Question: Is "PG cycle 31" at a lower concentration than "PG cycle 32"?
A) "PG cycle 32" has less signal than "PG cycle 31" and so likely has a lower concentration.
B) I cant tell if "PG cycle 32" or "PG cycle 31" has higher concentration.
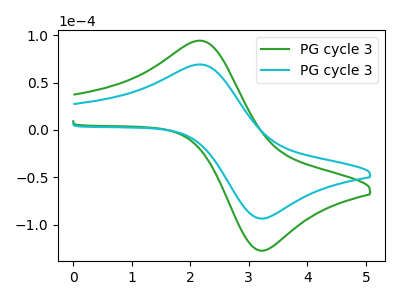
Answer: <think>The green curve "PG cycle 31" has an anodic peak at (2.15V, 94.35uA) and a cathodic peak at (3.25V, -127.55uA). The cyan curve "PG cycle 32" has an anodic peak at (2.15V, 69.25uA) and a cathodic peak at (3.25V, -93.60uA).
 All the peaks in "PG cycle 32" have a peak in "PG cycle 31" at the same potential. Every peak in "PG cycle 32" is lower than every peak in "PG cycle 31".</think>
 <answer>A) "PG cycle 32" has less signal than "PG cycle 31" and so likely has a lower concentration.</answer>
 <eval>A</eval>